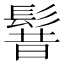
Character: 𩭡